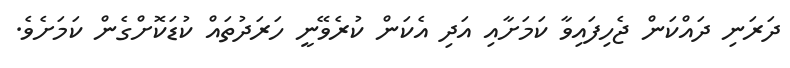
ދަރަނި ދައްކަން ޖެހިފައިވާ ކަމަށާއި އަދި އެކަން ކުރެވޭނީ ހަރަދުތައް ކުޑަކޮށްގެން ކަމަށެވެ.